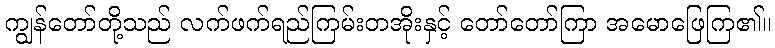
ကျွန်တော်တို့သည် လက်ဖက်ရည်ကြမ်းတအိုးနှင့် တော်တော်ကြာ အမောဖြေကြ၏။